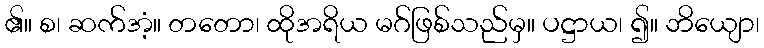
၏။ စ၊ ဆက်အံ့။ တတော၊ ထိုအရိယ မဂ်ဖြစ်သည်မှ။ ပဋ္ဌာယ၊ ၍။ ဘိယျော၊